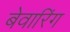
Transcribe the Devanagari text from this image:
बेवारिंग